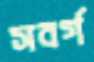
সবর্গ